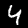
Digit: 4